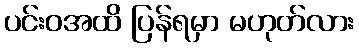
ပင်းဝအထိ ပြန်ရမှာ မဟုတ်လား